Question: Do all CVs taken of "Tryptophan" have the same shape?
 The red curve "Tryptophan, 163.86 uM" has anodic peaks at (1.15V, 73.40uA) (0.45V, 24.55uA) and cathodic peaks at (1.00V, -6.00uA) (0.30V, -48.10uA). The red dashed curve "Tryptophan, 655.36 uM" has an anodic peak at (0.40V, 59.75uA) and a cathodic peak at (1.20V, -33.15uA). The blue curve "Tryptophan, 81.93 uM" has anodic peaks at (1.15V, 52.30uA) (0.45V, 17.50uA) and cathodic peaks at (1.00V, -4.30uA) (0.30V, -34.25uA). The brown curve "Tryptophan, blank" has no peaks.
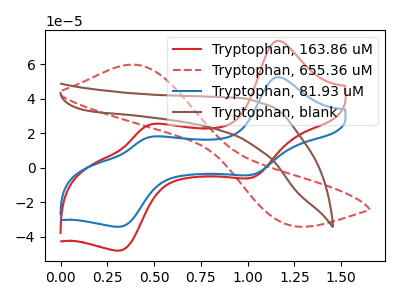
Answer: <think>"Tryptophan, 163.86 uM" and "Tryptophan, 655.36 uM" have a different number of peaks. All the peaks in "Tryptophan, 163.86 uM" have a peak in "Tryptophan, 81.93 uM" at the same potential. Every peak in "Tryptophan, 163.86 uM" is higher than every peak in "Tryptophan, 81.93 uM". "Tryptophan, 163.86 uM" and "Tryptophan, blank" have a different number of peaks. "Tryptophan, 655.36 uM" and "Tryptophan, 81.93 uM" have a different number of peaks. "Tryptophan, 655.36 uM" and "Tryptophan, blank" have a different number of peaks. "Tryptophan, 81.93 uM" and "Tryptophan, blank" have a different number of peaks.
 </think>
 <answer>All the CV's of "Tryptophan" have similar shape.</answer>
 <eval>follow_rule</eval>